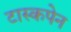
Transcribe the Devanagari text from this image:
टास्कपेन